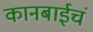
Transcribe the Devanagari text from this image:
कानबाईचं